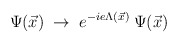
\begin{align*}\Psi(\vec{x}) \;\rightarrow\; e^{-i e \Lambda(\vec{x})} \: \Psi(\vec{x})\end{align*}